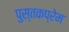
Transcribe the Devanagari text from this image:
पुस्तकप्रेम